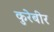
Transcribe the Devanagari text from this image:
कुरेबीर